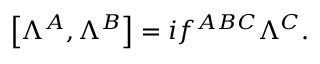
\left[ \Lambda ^ { A } , \Lambda ^ { B } \right] = i f ^ { A B C } \Lambda ^ { C } .